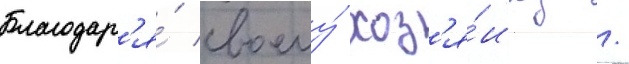
Благодар'я́ своему́ хоз'я́ину /